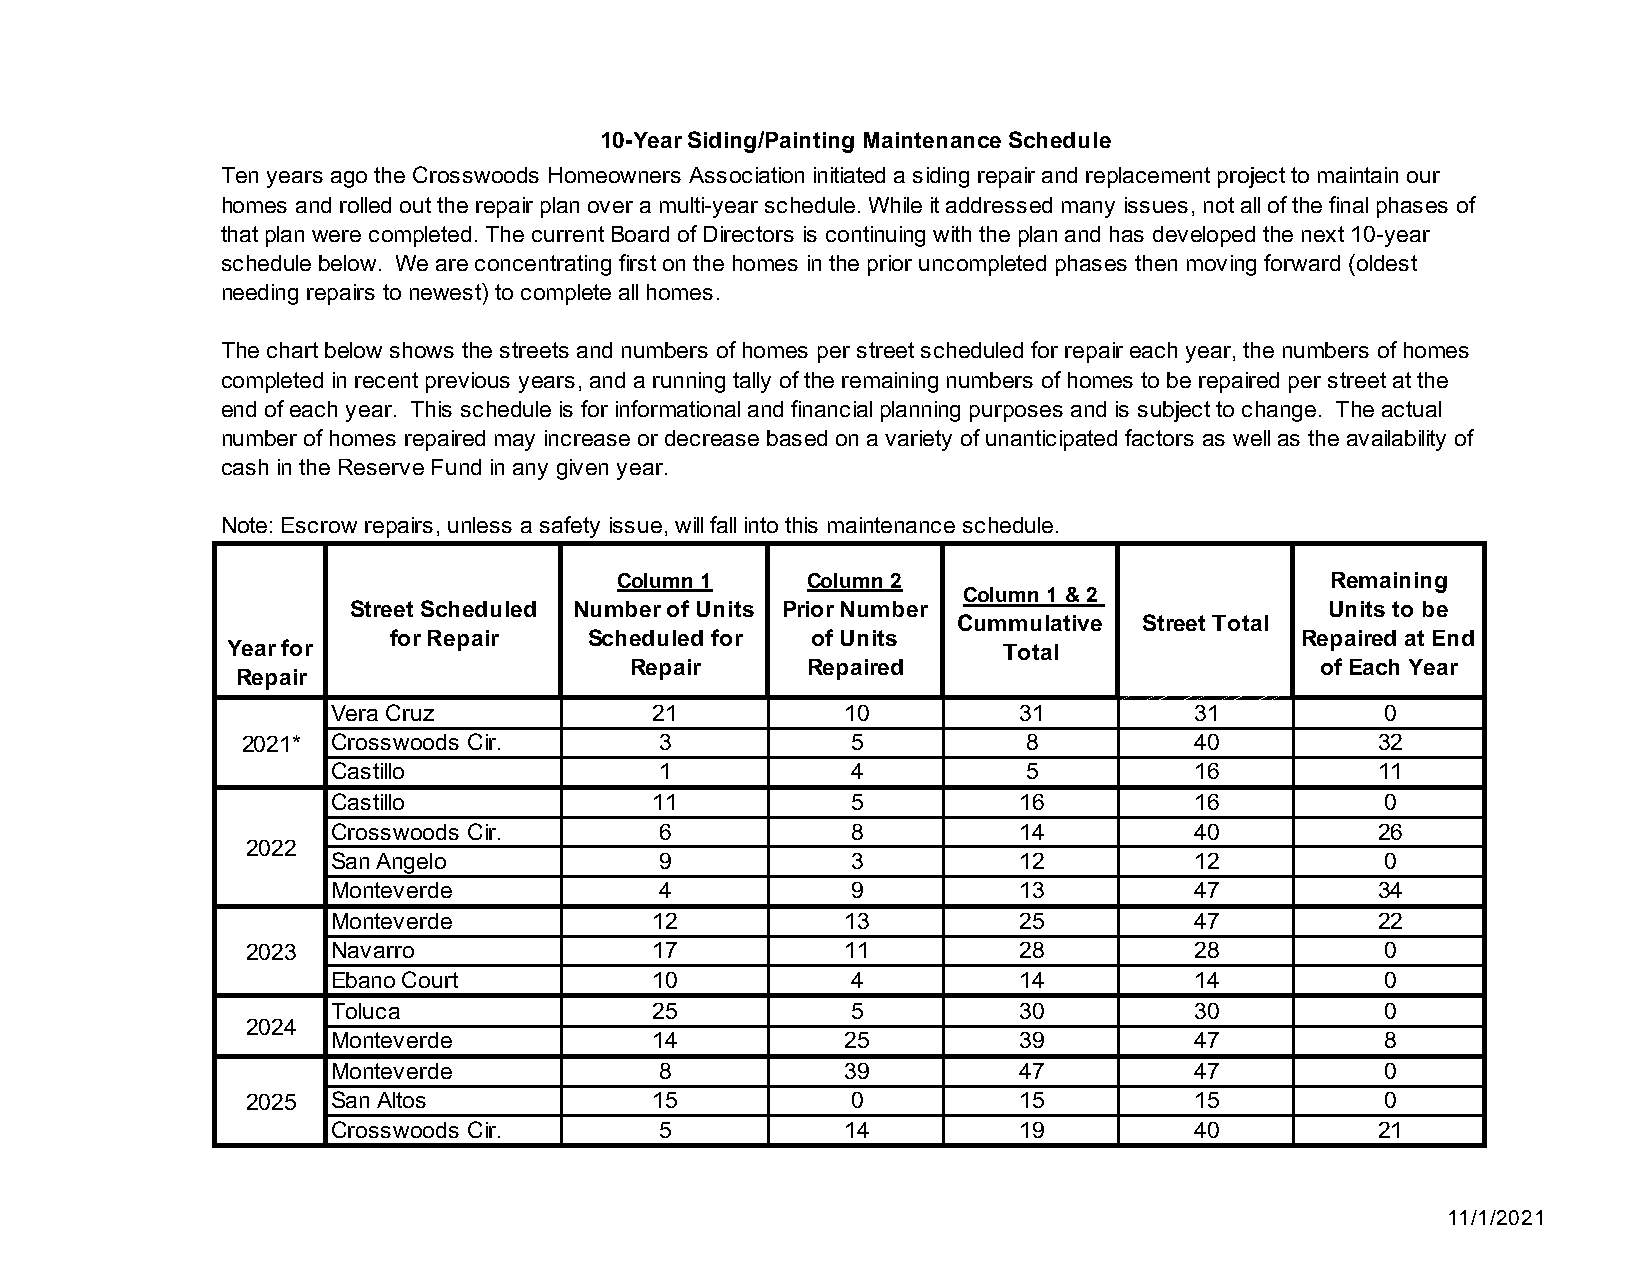
10-Year Siding/Painting Maintenance Schedule
 Ten years ago the Crosswoods Homeowners Association initiated a siding repair and replacement project to maintain our
 homes and rolled out the repair plan over a multi-year schedule. While it addressed many issues, not all of the final phases of
 that plan were completed. The current Board of Directors is continuing with the plan and has developed the next 10-year
 schedule below. We are concentrating first on the homes in the prior uncompleted phases then moving forward (oldest
 needing repairs to newest) to complete all homes.
 The chart below shows the streets and numbers of homes per street scheduled for repair each year, the numbers of homes
 completed in recent previous years, and a running tally of the remaining numbers of homes to be repaired per street at the
 end of each year. This schedule is for informational and financial planning purposes and is subject to change. The actual
 number of homes repaired may increase or decrease based on a variety of unanticipated factors as well as the availability of
 cash in the Reserve Fund in any given year.
 Note: Escrow repairs, unless a safety issue, will fall into this maintenance schedule.
 Column 1    Column 2                           Remaining
 Column 1 & 2
 Street Scheduled Number of Units Prior Number                    Units to be
 Cummulative  Street Total
 for Repair   Scheduled for  of Units                        Repaired at End
 Year for                                           Total
 Repair     Repaired                          of Each Year
 Repair
 Vera Cruz            21           10         31          31           0
 2021* Crosswoods Cir.       3           5           8          40          32
 Castillo              1           4           5          16          11
 Castillo             11           5          16          16           0
 Crosswoods Cir.       6           8          14          40          26
 2022
 San Angelo            9           3          12          12           0
 Monteverde            4           9          13          47          34
 Monteverde           12           13         25          47          22
 2023  Navarro              17           11         28          28           0
 Ebano Court          10           4          14          14           0
 Toluca               25           5          30          30           0
 2024
 Monteverde           14           25         39          47           8
 Monteverde            8           39         47          47           0
 2025  San Altos            15           0          15          15           0
 Crosswoods Cir.       5           14         19          40          21
 11/1/2021